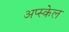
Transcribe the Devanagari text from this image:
अप्स्केल